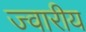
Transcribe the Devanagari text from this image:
ज्‍वारीय